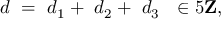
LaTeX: d \ = \ d _ { 1 } + \ d _ { 2 } + \ d _ { 3 } \ \ \in 5 { \bf Z } ,